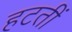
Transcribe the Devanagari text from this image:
हटतीं